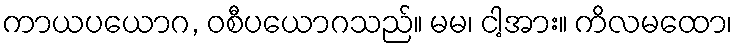
ကာယပယောဂ, ဝစီပယောဂသည်။ မမ၊ ငါ့အား။ ကိလမထော၊